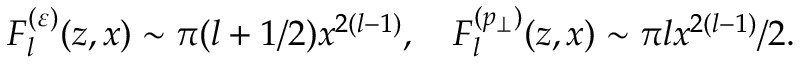
F _ { l } ^ { ( \varepsilon ) } ( z , x ) \sim \pi ( l + 1 / 2 ) x ^ { 2 ( l - 1 ) } , \quad F _ { l } ^ { ( p _ { \perp } ) } ( z , x ) \sim \pi l x ^ { 2 ( l - 1 ) } / 2 .